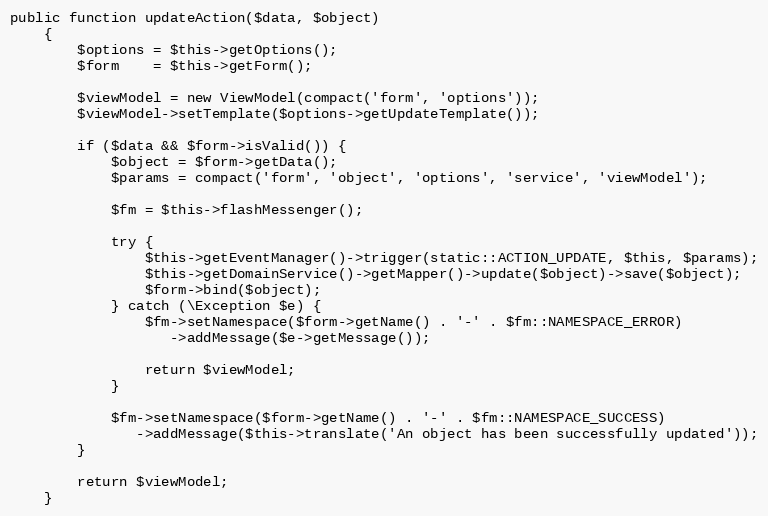
Language: PHP
public function updateAction($data, $object)
    {
        $options = $this->getOptions();
        $form    = $this->getForm();

        $viewModel = new ViewModel(compact('form', 'options'));
        $viewModel->setTemplate($options->getUpdateTemplate());

        if ($data && $form->isValid()) {
            $object = $form->getData();
            $params = compact('form', 'object', 'options', 'service', 'viewModel');

            $fm = $this->flashMessenger();

            try {
                $this->getEventManager()->trigger(static::ACTION_UPDATE, $this, $params);
                $this->getDomainService()->getMapper()->update($object)->save($object);
                $form->bind($object);
            } catch (\Exception $e) {
                $fm->setNamespace($form->getName() . '-' . $fm::NAMESPACE_ERROR)
                   ->addMessage($e->getMessage());

                return $viewModel;
            }

            $fm->setNamespace($form->getName() . '-' . $fm::NAMESPACE_SUCCESS)
               ->addMessage($this->translate('An object has been successfully updated'));
        }

        return $viewModel;
    }